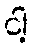
ငါ့